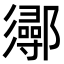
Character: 𨟌